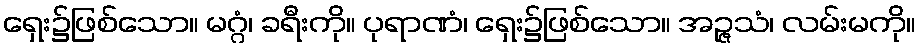
ရှေး၌ဖြစ်သော။ မဂ္ဂံ၊ ခရီးကို။ ပုရာဏံ၊ ရှေး၌ဖြစ်သော။ အဉ္ဇသံ၊ လမ်းမကို။